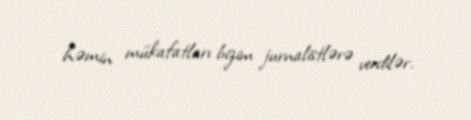
həmin mükafatları bizim jurnalistlərə verdilər.